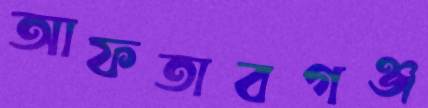
আফতাবগঞ্জ